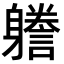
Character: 𨊏